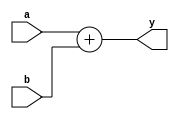

//
//	adder.v
//		Adjustable data width adder
//

// -------------------------------- //
//	By: Bryce Keen	
// -------------------------------- //

// Change Log:	NA


module adder(a, b, y);
	parameter WIDTH = 32;
	
	input wire [WIDTH - 1:0]	a, b;
	output wire [WIDTH - 1:0]	y;

	assign y = a + b;

endmodule